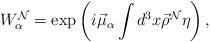
LaTeX: \begin{align*}W_\alpha^{\cal N}=\exp\left(i\vec\mu_\alpha\int d^3x\vec\rho^{\cal N}\eta\right),\end{align*}